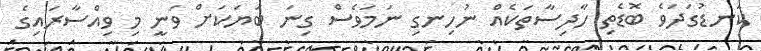
ކަނޑުގަދަވެ ބޮޑެތި ހާދިސާތަކެއް ނުހިނގި ނަމަވެސް ގިނަ ބަޔަކަށް ވަނީ މި ވިއްސާރައިގެ